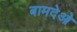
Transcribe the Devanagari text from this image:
बामदेओ